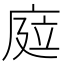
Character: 𢉊